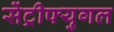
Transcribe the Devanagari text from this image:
सेंट्रीफ्युगल